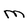
Character: M